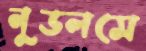
নুডলসে